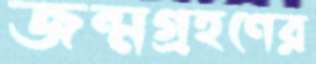
জন্মগ্রহণের